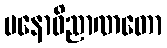
မနောဝိညာဏတော